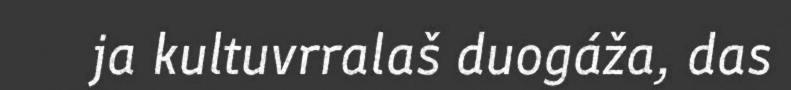
ja kultuvrralaš duogáža, das